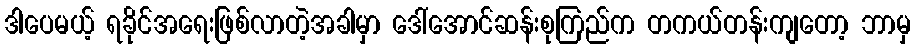
ဒါပေမယ့် ရခိုင်အရေးဖြစ်လာတဲ့အခါမှာ ဒေါ်အောင်ဆန်းစုကြည်က တကယ်တန်းကျတော့ ဘာမှ